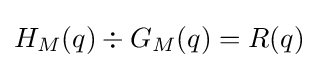
H_{M}(q)\div G_{M}(q)=R(q)